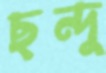
ছন্দু